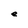
Character: e